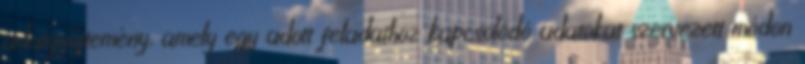
adatgyűjtemény, amely egy adott feladathoz kapcsolódó adatokat szervezett módon